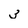
Character: 3